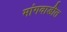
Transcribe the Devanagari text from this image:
मांगवाडीत